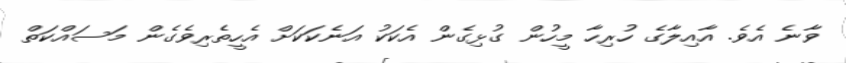
ވާނެ އެވެ. އާއިލާގެ ހުރިހާ މީހުން ގުޅިގެން އެކަކު އަނެކަކަށް އެހީތެރިވެގެން މަސައްކަތް